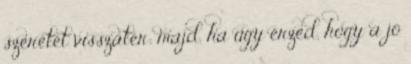
szeretet visszatér; majd, ha úgy érzed, hogy a jó